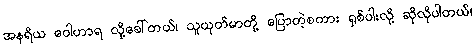
အနရိယ ဝေါဟာရ လို့ခေါ်တယ်၊ သူယုတ်မာတို့ ပြောတဲ့စကား ရှစ်ပါးလို့ ဆိုလိုပါတယ်၊